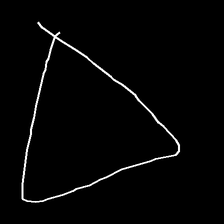
Glyph: convergence